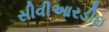
સીવીઆરડીઇ